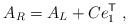
\begin{align*}A_R = A_L + C e_1^{\sf T} \;,\end{align*}